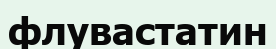
флувастатин